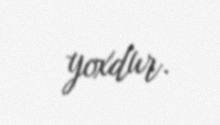
yoxdur.